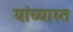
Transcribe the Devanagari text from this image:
यांच्यास्त